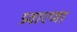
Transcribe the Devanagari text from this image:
प्रवारणा